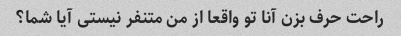
راحت حرف بزن آنا تو واقعا از من متنفر نیستی آیا شما؟